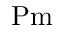
\mathrm { P m }